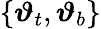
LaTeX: \{ \boldsymbol{\vartheta}_{t},\boldsymbol{\vartheta}_{b}\}